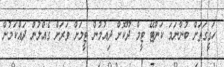
ހަގީގަތަށް ބުނާނަމަ ކަންޓޭ ޓީމް ދޫކޮށް ދިއުމުން ޓީމަށް ވަރަށް ގެއްލުން ދައްކަމުން